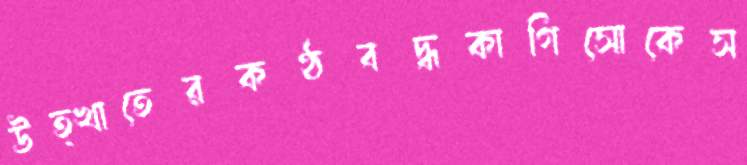
উত্খাতেরকণ্ঠবদ্ধকাগিসোকেস